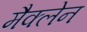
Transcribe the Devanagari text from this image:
मैक्‍लेन